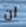
ان